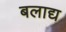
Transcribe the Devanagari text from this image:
बलाद्य